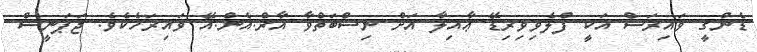
ޑެންގީ ވައިރަސް އަކީ ފްލެވިވިރިޑޭ ޢާއިލާ އަށް ނިސްބަތްވާ އާރް.އެން.އޭ ވައިރަހެކެވެ. ޖަޕަނީސް